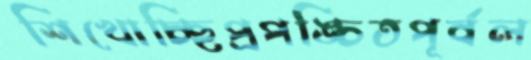
শিখোচ্ছিপ্রপঙ্চিতপূর্বল